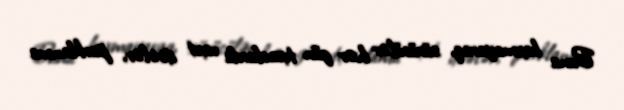
Buna baxmayaraq, sürücülər hər gün tıxaclarda vaxt itirirlər, parklanma